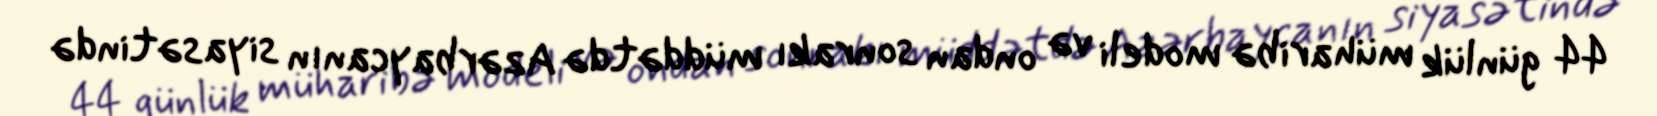
44 günlük müharibə modeli və ondan sonrakı müddətdə Azərbaycanın siyasətində